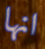
انها